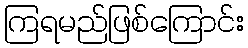
ကြရမည်ဖြစ်ကြောင်း